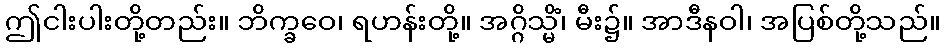
ဤငါးပါးတို့တည်း။ ဘိက္ခဝေ၊ ရဟန်းတို့။ အဂ္ဂိသ္မိံ၊ မီး၌။ အာဒီနဝါ၊ အပြစ်တို့သည်။